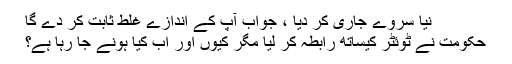
نیا سروے جاری کر دیا ، جواب آپ کے اندازے غلط ثابت کر دے گا
حکومت نے ٹوئٹر کیساتھ رابطہ کر لیا مگر کیوں اور اب کیا ہونے جا رہا ہے؟